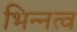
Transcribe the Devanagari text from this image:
भिन्‍नत्व